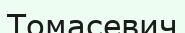
Томасевич